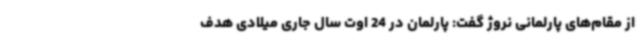
از مقام‌های پارلمانی نروژ گفت: پارلمان در 24 اوت سال جاری میلادی هدف